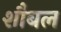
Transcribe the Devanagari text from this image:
शौबल